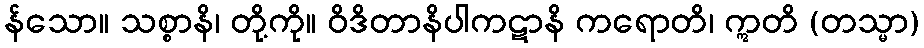
န်သော။ သစ္စာနိ၊ တို့ကို။ ဝိဒိတာနိပါကဋာနိ ကရောတိ၊ ဣတိ (တသ္မာ)